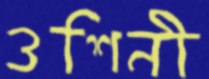
ওশিনী